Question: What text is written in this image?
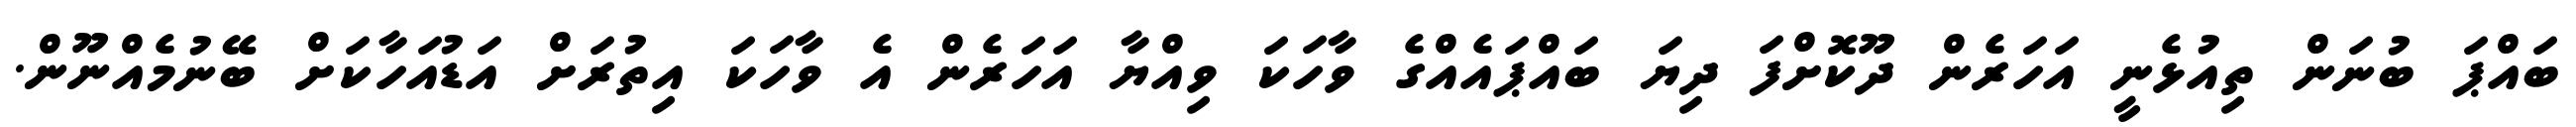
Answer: ބައްޕަ ބުނަން ތިއުޅެނީ އަހަރެން ދޫކޮށްފަ ދިޔަ ބައްޕައެއްގެ ވާހަކަ ވިއްޔާ އަހަރެން އެ ވާހަކަ އިތުރަށް އަޑުއަހާކަށް ބޭނުމެއްނޫން.